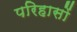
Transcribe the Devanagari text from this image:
परिहासों